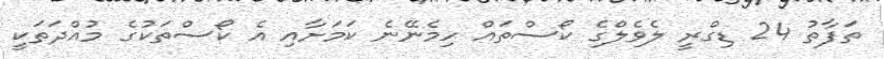
ތަފާތު 24 ޑިގްރީ ލެވެލްގެ ކޯސްތައް ހިމެނޭނެ ކަމަށާއި އެ ކޯސްތަކުގެ މުއްދަތަކީ